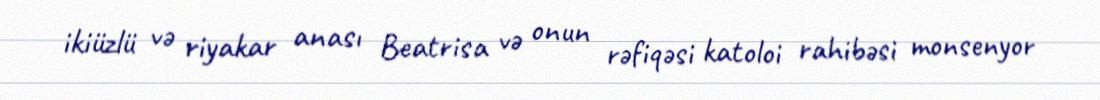
ikiüzlü və riyakar anası Beatrisa və onun rəfiqəsi katoloi rahibəsi monsenyor